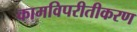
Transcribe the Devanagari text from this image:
कामविपरीतीकरण